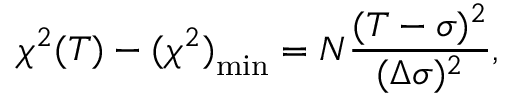
\chi ^ { 2 } ( T ) - { ( \chi ^ { 2 } ) } _ { \mathrm { m i n } } = N \frac { ( T - \sigma ) ^ { 2 } } { ( \Delta \sigma ) ^ { 2 } } ,